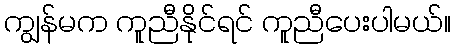
ကျွန်မက ကူညီနိုင်ရင် ကူညီပေးပါမယ်။